Indian journal of veterinary science and animal husbandry - Volumes 15-17, 1948-1951
Year: 1948
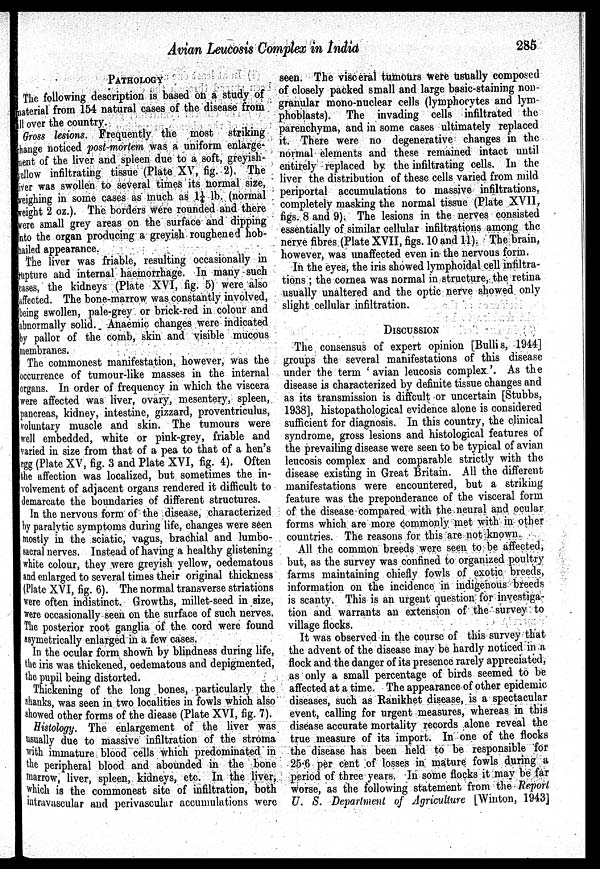
Avian Leucosis Complex in India
285
PATHOLOGY
The following description is based on a study of
naterial from 154 natural cases of the disease from
ll over the country.
Gross lesions. Frequently the most striking
hange noticed post-mortem was a uniform enlarge
ment of the liver and spleen due to a soft, greyish-
yellow infiltrating tissue (Plate XV, fig. 2). The
liver was swollen to several times its normal size,
weighing in some cases as much as 1¼ lb. (normal
weight 2 oz.). The borders were rounded and there
were small grey areas on the surface and dipping
Into the organ producing a greyish roughened hob-
hailed appearance.
The liver was friable, resulting occasionally in
upture and internal haemorrhage. In many such
cases, the kidneys (Plate XVI, fig. 5) were also
affected. The bone-marrow was constantly involved,
being swollen, pale-grey or brick-red in colour and
abnormally solid. Anaemic changes were indicated
by pallor of the comb, skin and visible mucous
membranes.
The commonest manifestation, however, was the
occurrence of tumour-like masses in the internal
organs. In order of frequency in which the viscera
were affected was liver, ovary, mesentery, spleen,
pancreas, kidney, intestine, gizzard, proventriculus,
voluntary muscle and skin. The tumours were
well embedded, white or pink-grey, friable and
varied in size from that of a pea to that of a hen's
egg (Plate XV, fig. 3 and Plate XVI, fig. 4). Often
the affection was localized, but sometimes the in-
volvement of adjacent organs rendered it difficult to
demarcate the boundaries of different structures.
In the nervous form of the disease, characterized
by paralytic symptoms during life, changes were seen
mostly in the sciatic, vagus, brachial and lumbo-
sacral nerves. Instead of having a healthy glistening
white colour, they were greyish yellow, oedematous
and enlarged to several times their original thickness
(Plate XVI, fig. 6). The normal transverse striations
were often indistinct. Growths, millet-seed in size,
were occasionally seen on the surface of such nerves.
The posterior root ganglia of the cord were found
symetrically enlarged in a few cases.
In the ocular form shown by blindness during life,
the iris was thickened, oedematous and depigmented,
the pupil being distorted.
Thickening of the long bones, particularly the
shanks, was seen in two localities in fowls which also
showed other forms of the diease (Plate XVI, fig. 7).
Histology. The enlargement of the liver was
usually due to massive infiltration of the stroma
with immature blood cells which predominated in
the peripheral blood and abounded in the bone
marrow, liver, spleen, kidneys, etc. In the liver,
which is the commonest site of infiltration, both
intravascular and perivascular accumulations were
seen. The visceral tumours were usually composed
of closely packed small and large basic-staining non-
granular mono-nuclear cells (lymphocytes and lym-
phoblasts). The invading cells infiltrated the
parenchyma, and in some cases ultimately replaced
it. There were no degenerative changes in the
normal elements and these remained intact until
entirely replaced by the infiltrating cells. In the
liver the distribution of these cells varied from mild
periportal accumulations to massive infiltrations,
completely masking the normal tissue (Plate XVII,
figs. 8 and 9). The lesions in the nerves consisted
essentially of similar cellular infiltrations among the
nerve fibres (Plate XVII, figs. 10 and 11). The brain,
however, was unaffected even in the nervous form.
In the eyes, the iris showed lymphoidal cell infiltra-
tions ; the cornea was normal in structure, the retina
usually unaltered and the optic nerve showed only
slight cellular infiltration.
DISCUSSION
The consensus of expert opinion [Bullis, 1944]
groups the several manifestations of this disease
under the term 'avian leucosis complex'. As the
disease is characterized by definite tissue changes and
as its transmission is difficult or uncertain [Stubbs,
1938], histopathological evidence alone is considered
sufficient for diagnosis. In this country, the clinical
syndrome, gross lesions and histological features of
the prevailing disease were seen to be typical of avian
leucosis complex and comparable strictly with the
disease existing in Great Britain. All the different
manifestations were encountered, but a striking
feature was the preponderance of the visceral form
of the disease compared with the neural and ocular
forms which are more commonly met with in other
countries. The reasons for this are not known.
All the common breeds were seen to be affected,
but, as the survey was confined to organized poultry
farms maintaining chiefly fowls of exotic breeds,
information on the incidence in indigenous breeds
is scanty. This is an urgent question for investiga-
tion and warrants an extension of the survey to
village flocks.
It was observed in the course of this survey that
the advent of the disease may be hardly noticed in a
flock and the danger of its presence rarely appreciated,
as only a small percentage of birds seemed to be
affected at a time. The appearance of other epidemic-
diseases, such as Ranikhet disease, is a spectacular
event, calling for urgent measures, whereas in this
disease accurate mortality records alone reveal the
true measure of its import. In one of the flocks
the disease has been held to be responsible for
25.6 per cent of losses in mature fowls during a
period of three years. In some flocks it may be far
worse, as the following statement from the Report
U. S. Department of Agriculture [Winton, 1943]